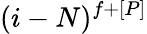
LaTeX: (i-N)^{f+[P]}